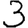
Digit: 3